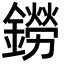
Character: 鐒